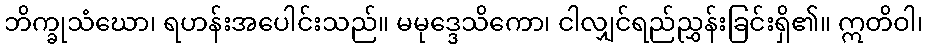
ဘိက္ခုသံဃော၊ ရဟန်းအပေါင်းသည်။ မမုဒ္ဒေသိကော၊ ငါလျှင်ရည်ညွှန်းခြင်းရှိ၏။ ဣတိဝါ၊